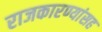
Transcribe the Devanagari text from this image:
राजकारण्यांसह